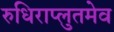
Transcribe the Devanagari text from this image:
रुधिराप्लुतमेव